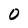
Character: 0